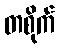
တစိုက်